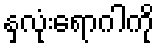
နှလုံးရောဂါကို